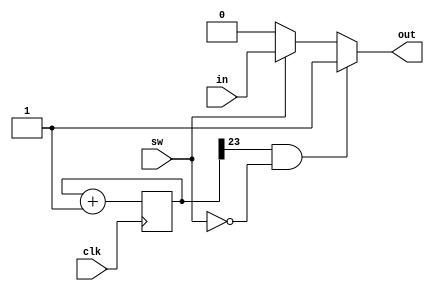
`timescale 1ns/1ps


module takeoff(in,out,clk,sw);
input in, sw, clk;
reg [23:0] cnt;
output reg out;
always@(posedge clk) begin
    cnt<=cnt+1;
end

always@*begin
    if(cnt[23]==1 && sw == 0) out=1;
    else if(sw == 1)out=in;
    else out = 0;
end

endmodule